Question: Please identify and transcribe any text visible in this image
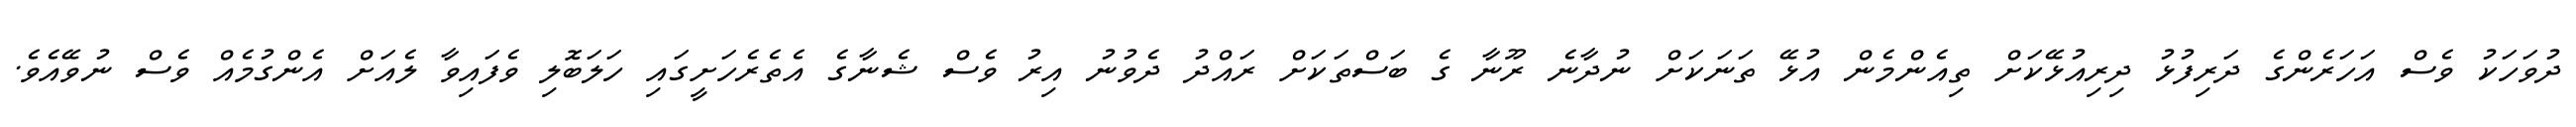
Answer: ދުވަހަކު ވެސް އަހަރެންގެ ދަރިފުޅު ދިރިއުޅޭކަށް ތިއެންމެން އުޅޭ ތަނަކަށް ނުދާނެ ރޫނާ ގެ ބަސްތަކަށް ރައްދު ދެވުނު އިރު ވެސް ޝެނާގެ އެތެރެހަށީގައި ހަލަބޮލި ވެފައިވާ ލެއަށް އެންގުމެއް ވެސް ނުވޭއެވެ.